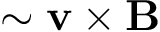
\sim \mathbf { v } \times \mathbf { B }